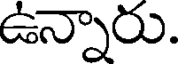
ఉన్నారు.